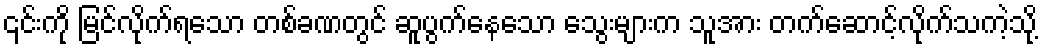
၎င်းကို မြင်လိုက်ရသော တစ်ခဏတွင် ဆူပွက်နေသော သွေးများက သူအား တက်ဆောင့်လိုက်သကဲ့သို့